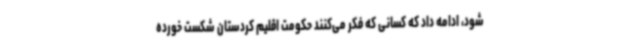
شود، ادامه داد که کسانی که فکر می‌کنند حکومت اقلیم کردستان شکست خورده